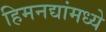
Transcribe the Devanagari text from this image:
हिमनद्यांमध्ये